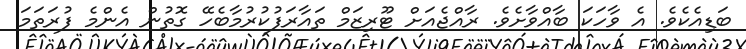
ބަޑިއެެކެވެ. އެ ވާހަކަ ބާއްވާށެވެ. ރާއްޖެއަށް ޓޫރިޒަމް ތައާރަފުކުރުމާބެހޭ ގޮތުން އެންމެ ފުރަތަމަ